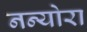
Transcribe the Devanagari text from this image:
नन्योरा